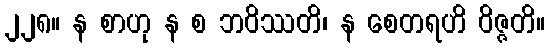
၂၂၈။ န စာဟု န စ ဘဝိဿတိ၊ န စေတရဟိ ဝိဇ္ဇတိ။